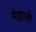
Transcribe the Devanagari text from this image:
मेहाजी